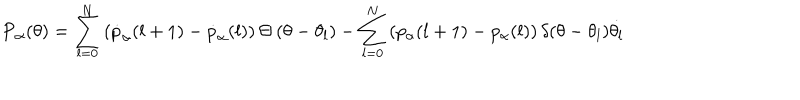
\dot { P } _ { \alpha } ( \theta ) = \sum _ { l = 0 } ^ { N } \left( \dot { p } _ { \alpha } ( l + 1 ) - \dot { p } _ { \alpha } ( l ) \right) \Theta \left( \theta - \theta _ { l } \right) - \sum _ { l = 0 } ^ { N } \left( p _ { \alpha } ( l + 1 ) - p _ { \alpha } ( l ) \right) \delta ( \theta - \theta _ { l } ) \dot { \theta _ { l } }